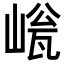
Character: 𡹳